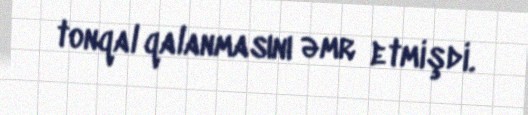
tonqal qalanmasını əmr etmişdi.